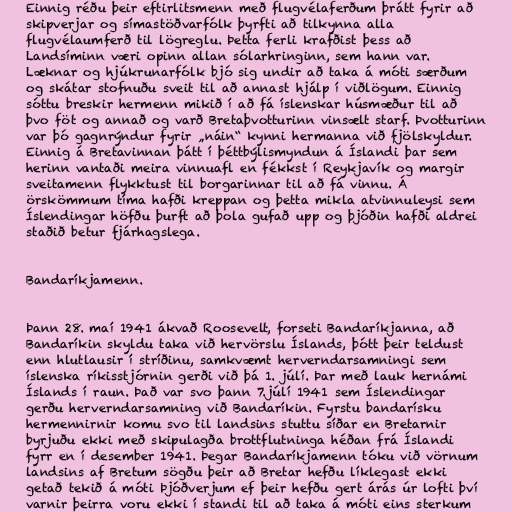
Einnig réðu þeir eftirlitsmenn með flugvélaferðum þrátt fyrir að
skipverjar og símastöðvarfólk þyrfti að tilkynna alla
flugvélaumferð til lögreglu. Þetta ferli krafðist þess að
Landsíminn væri opinn allan sólarhringinn, sem hann var.
Læknar og hjúkrunarfólk bjó sig undir að taka á móti særðum
og skátar stofnuðu sveit til að annast hjálp í viðlögum. Einnig
sóttu breskir hermenn mikið í að fá íslenskar húsmæður til að
þvo föt og annað og varð Bretaþvotturinn vinsælt starf. Þvotturinn
var þó gagnrýndur fyrir „náin“ kynni hermanna við fjölskyldur.
Einnig á Bretavinnan þátt í þéttbýlismyndun á Íslandi þar sem
herinn vantaði meira vinnuafl en fékkst í Reykjavík og margir
sveitamenn flykktust til borgarinnar til að fá vinnu. Á
örskömmum tíma hafði kreppan og þetta mikla atvinnuleysi sem
Íslendingar höfðu þurft að þola gufað upp og þjóðin hafði aldrei
staðið betur fjárhagslega.

Bandaríkjamenn.

Þann 28. maí 1941 ákvað Roosevelt, forseti Bandaríkjanna, að
Bandaríkin skyldu taka við hervörslu Íslands, þótt þeir teldust
enn hlutlausir í stríðinu, samkvæmt herverndarsamningi sem
íslenska ríkisstjórnin gerði við þá 1. júlí. Þar með lauk hernámi
Íslands í raun. Það var svo þann 7.júlí 1941 sem Íslendingar
gerðu herverndarsamning við Bandaríkin. Fyrstu bandarísku
hermennirnir komu svo til landsins stuttu síðar en Bretarnir
byrjuðu ekki með skipulagða brottflutninga héðan frá Íslandi
fyrr en í desember 1941. Þegar Bandaríkjamenn tóku við vörnum
landsins af Bretum sögðu þeir að Bretar hefðu líklegast ekki
getað tekið á móti Þjóðverjum ef þeir hefðu gert árás úr lofti því
varnir þeirra voru ekki í standi til að taka á móti eins sterkum